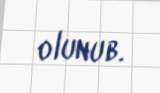
olunub.